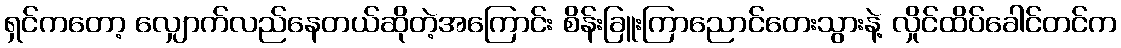
ရှင်ကတော့ လျှောက်လည်နေတယ်ဆိုတဲ့အကြောင်း စိန်းခြူးကြာညောင်တေးသွားနဲ့ လှိုင်ထိပ်ခေါင်တင်က